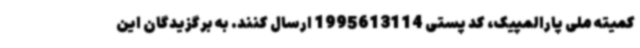
کمیته ملی پارالمپیک، کد پستی 1995613114 ارسال کنند. به برگزیدگان این